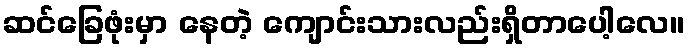
ဆင်ခြေဖုံးမှာ နေတဲ့ ကျောင်းသားလည်းရှိတာပေါ့လေ။